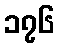
၁၇၆